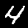
Label: 4